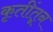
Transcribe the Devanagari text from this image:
कृतींतून